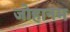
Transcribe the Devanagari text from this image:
जोहानम